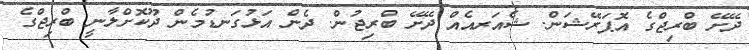
ދޭށޭ ބްރިޖްގެ އޮޕަރޭޝަން. ޝެއަރއެއް ދޭށޭ ބްރިޖުން. ދެން އަޅުގަނޑުމެން ދޫކޮށްލާނީ ބްރިޖްގެ